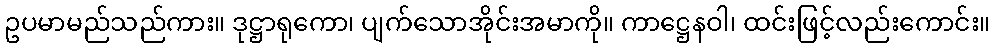
ဥပမာမည်သည်ကား။ ဒုဋ္ဌာရုကော၊ ပျက်သောအိုင်းအမာကို။ ကာဋ္ဌေနဝါ၊ ထင်းဖြင့်လည်းကောင်း။